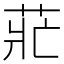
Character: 𰱄